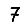
Digit: 7